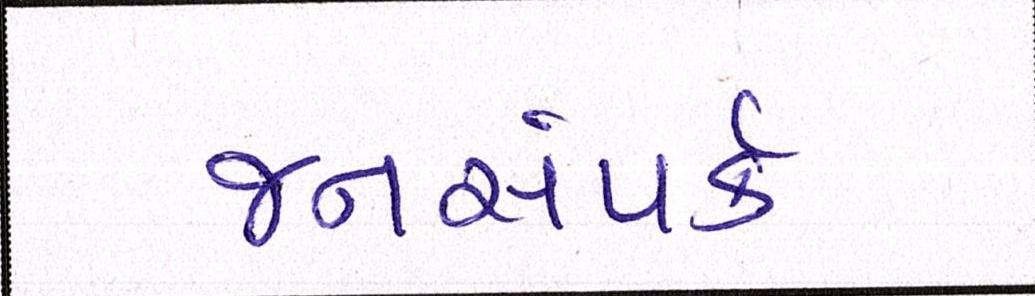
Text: જનસંપર્ક